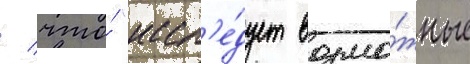
/ что́ "иссл'е́дует возмо́жные